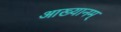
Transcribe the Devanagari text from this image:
आख्यानम्